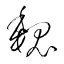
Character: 魏